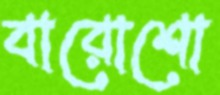
বারোশো